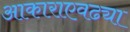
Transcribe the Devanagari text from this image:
आकाराएवढ्या